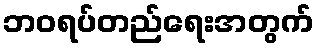
ဘဝရပ်တည်ရေးအတွက်